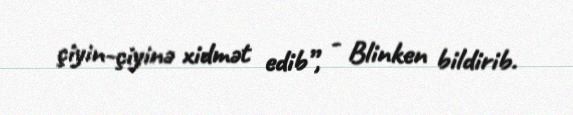
çiyin-çiyinə xidmət edib”, - Blinken bildirib.